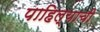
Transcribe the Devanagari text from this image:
पाहिल्याची